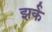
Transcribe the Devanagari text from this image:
झर्क